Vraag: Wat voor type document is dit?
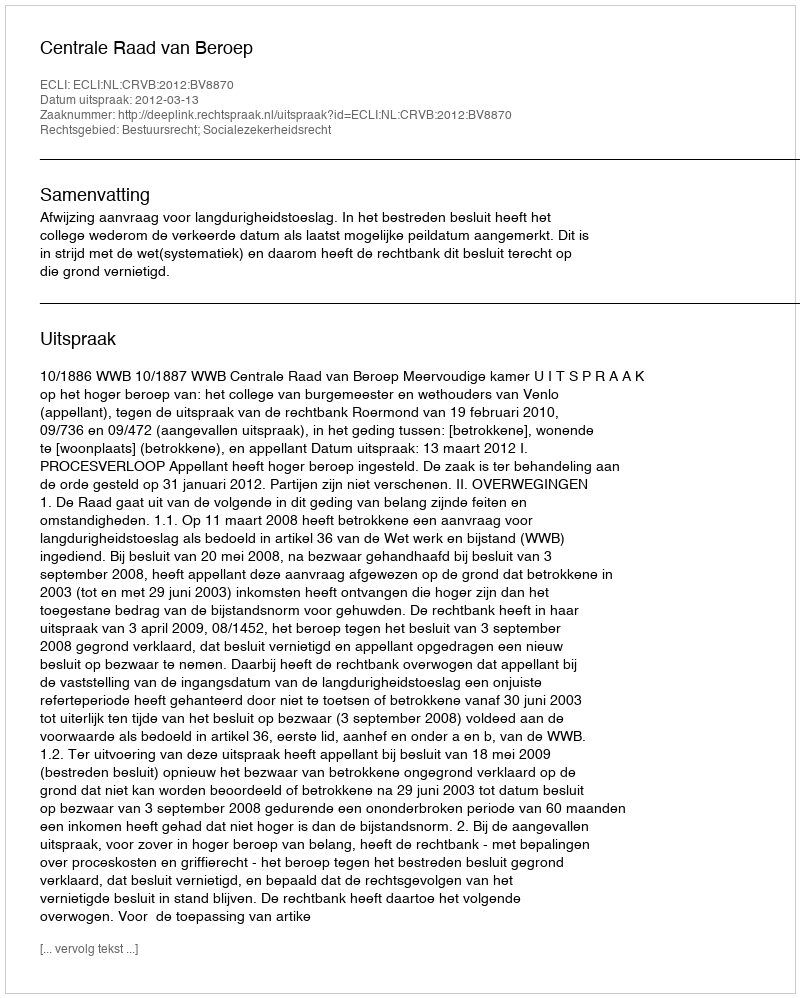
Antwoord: Uitspraak